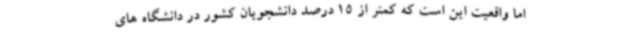
اما واقعیت این است که کمتر از 15 درصد دانشجویان کشور در دانشگاه های